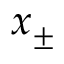
x _ { \pm }